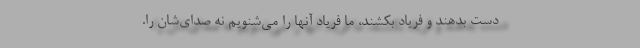
دست بدهند و فرياد بكشند، ما فرياد آنها را مي‌شنويم نه صداي‌شان را.